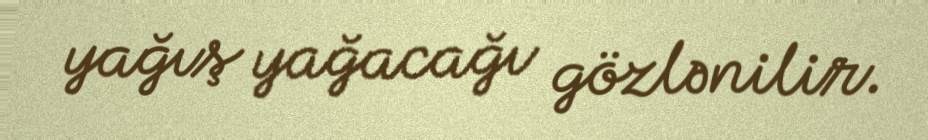
yağış yağacağı gözlənilir.